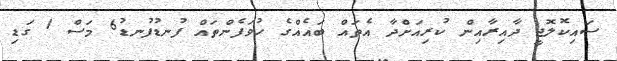
ސައިކޮލޮޖީ ދާއިރާއިން ކުރިއަށްދާ އެތައް ބައެއްގެ ހުވަފެންތައް ފުނޑުފުނޑު6 މަސް 1 ގަޑި